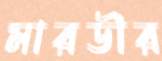
মারডীর